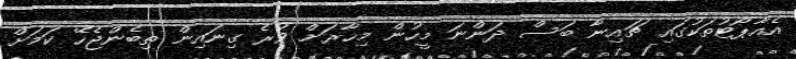
އެއާޕޯޓުތަކުގައި ޗައިނާ ބަސް ދަންނަ މީހުން މިހާރަށް ވުރެ ގިނައިން ތިބެންޖެހޭ ކަމަށް